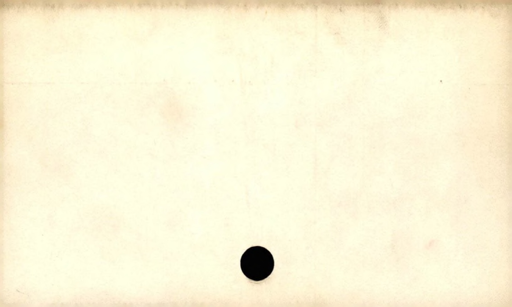
Label: blank